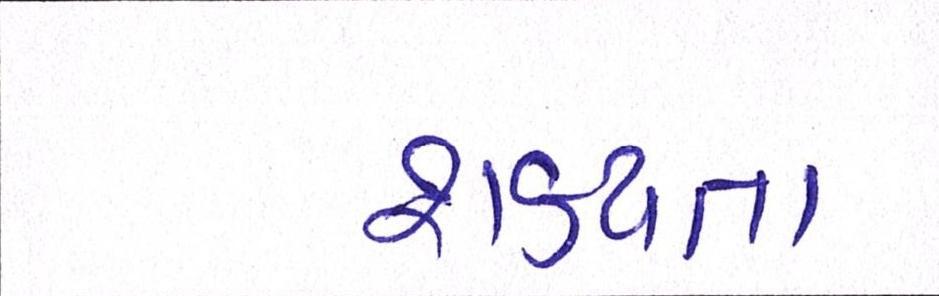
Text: શકયતા